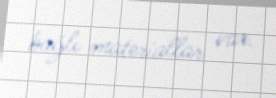
bağlı materiallar var.